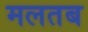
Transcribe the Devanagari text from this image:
मलतब